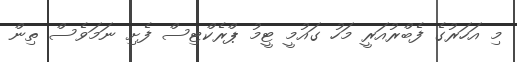
މި އަހަރުގެ ފެބްރުއަރީ މަހު ގައުމީ ޓީމު ޕްރެކްޓިސް ފެށި ނަމަވެސް ތިން